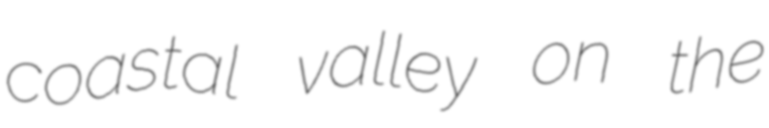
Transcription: coastal valley on the